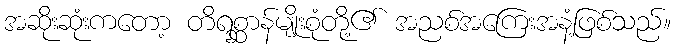
အဆိုးဆုံးကတော့ တိရစ္ဆာန်မျိုးစုံတို့၏ အညစ်အကြေးအနံ့ဖြစ်သည်။